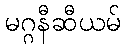
မဂ္ဂနီဆီယမ်